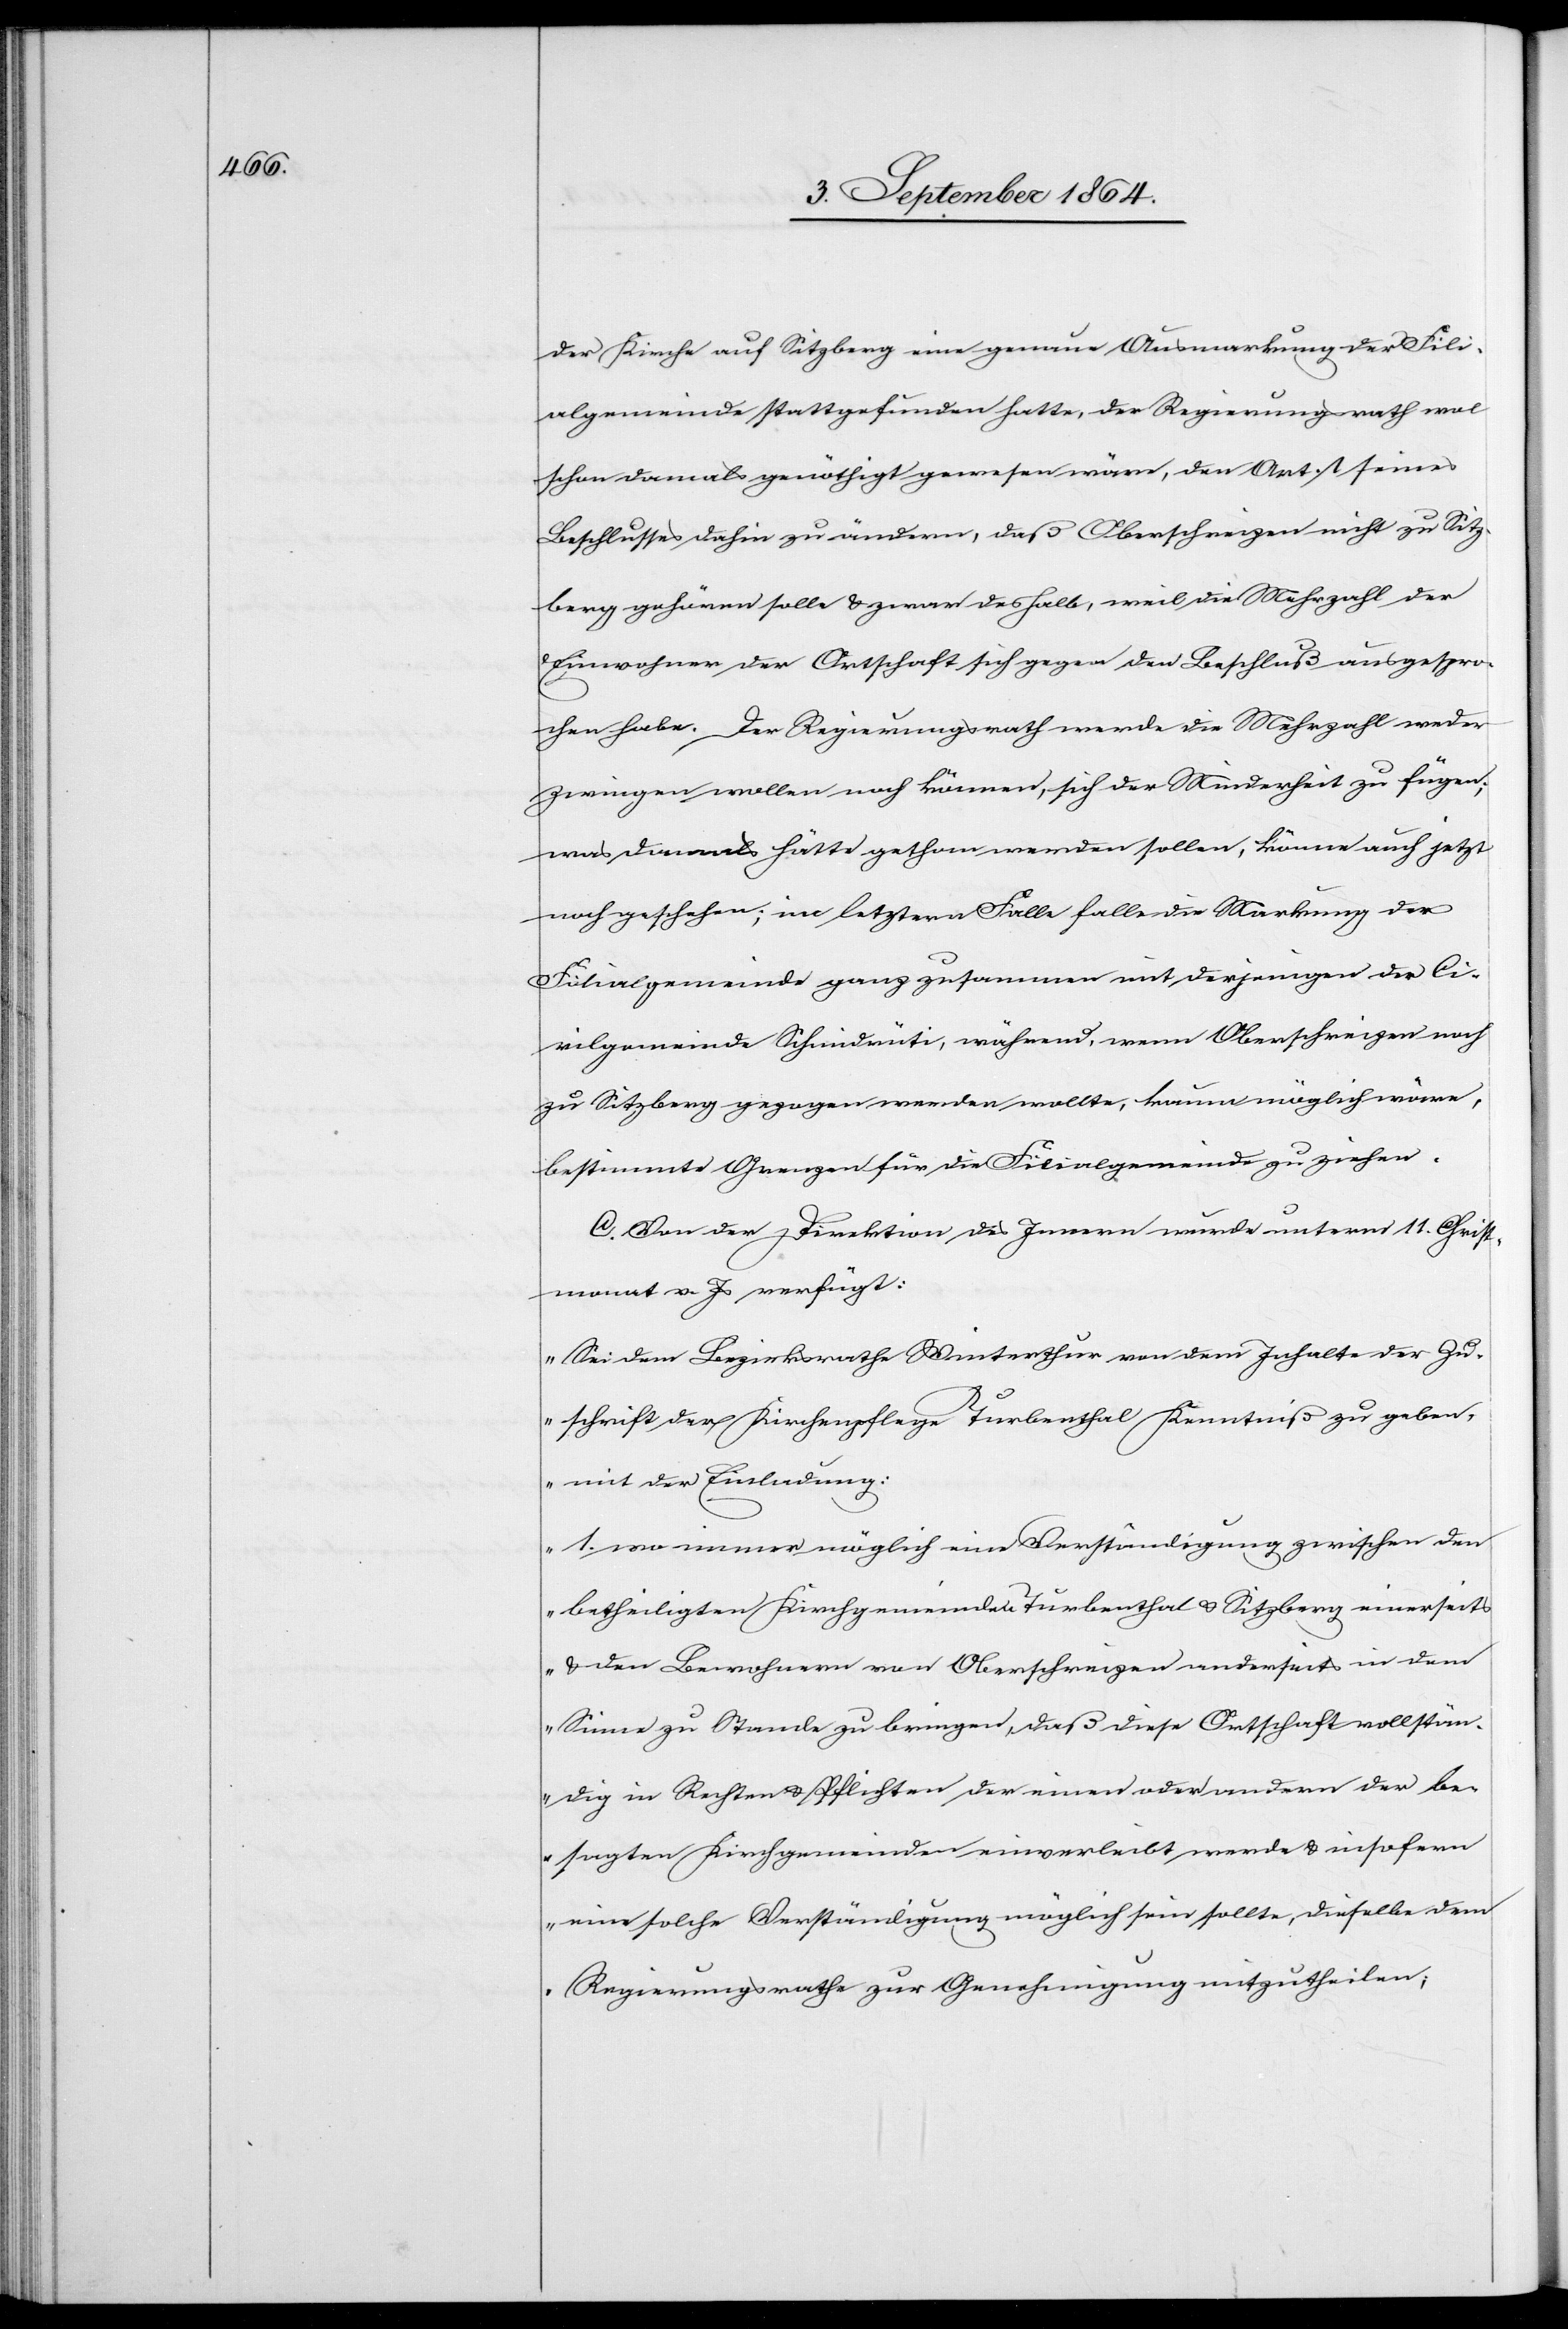
der Kirche auf Sitzberg eine genaue Ausmarkung der Fili¬
algemeinde stattgefunden hatte [sic!], der Regierungsrath wol
schon damals genöthigt gewesen wäre, den Art. 1 seines
Beschlusses dahin zu ändern, daß Oberschreizen nicht zu Sitz¬
berg gehören solle & zwar deshalb, weil die Mehrzahl der
Einwohner der Ortschaft sich gegen den Beschluß ausgespro¬
chen habe. Der Regierungsrath werde die Mehrzahl weder
zwingen wollen noch können, sich der Minderheit zu fügen;
was damals hätte gethan werden sollen, könne auch jetzt
noch geschehen; im letztern Falle falle die Markung der
Filialgemeinde ganz zusammen mit derjenigen der Ci¬
vilgemeinde Schmidrüti, während, wenn Oberschreizen noch
zu Sitzberg gezogen werden wollte, kaum möglich wäre,
bestimmte Grenzen für die Filialgemeinde zu ziehen.
C. Von der Direktion des Innern wurde unterm 11. Christ¬
monat v. Js verfügt:
„Sei dem Bezirksrathe Winterthur von dem Inhalte der Zu¬
schrift der Kirchenpflege Turbenthal Kenntniß zu geben,
mit der Einladung:
1. wo immer möglich eine Verständigung zwischen den
betheiligten Kirchgemeinden Turbenthal & Sitzberg einerseits
& den Bewohnern von Oberschreizen anderseits in dem
Sinne zu Stande zu bringen, daß diese Ortschaft vollstän¬
dig in Rechten & Pflichten der einen oder andern der be¬
sagten Kirchgemeinden einverleibt werde & insofern
eine solche Verständigung möglich sein sollte, dieselbe dem
Regierungsrathe zur Genehmigung mitzutheilen;